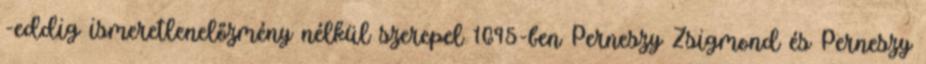
-eddig ismeretlenelőzmény nélkül szerepel 1695-ben Perneszy Zsigmond és Perneszy